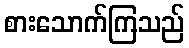
စားသောက်ကြသည်